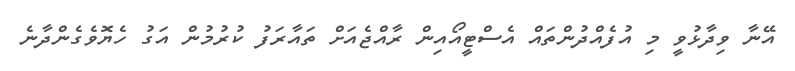
އޭނާ ވިދާޅުވީ މި އުފެއްދުންތައް އެސްޓީއޯއިން ރާއްޖެއަށް ތައާރަފު ކުރުމުން އަގު ހެޔޮވެގެންދާނެ